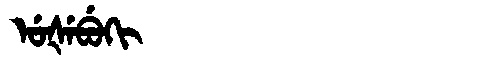
Manchu: ᡠᡧᡝᠪᡠᡴᡳ
Romanization: UŠEBUKI